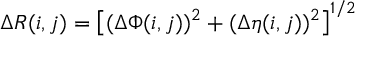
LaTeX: \Delta R ( i , j ) = \left[ ( \Delta \Phi ( i , j ) ) ^ { 2 } + ( \Delta \eta ( i , j ) ) ^ { 2 } \right] ^ { 1 / 2 }